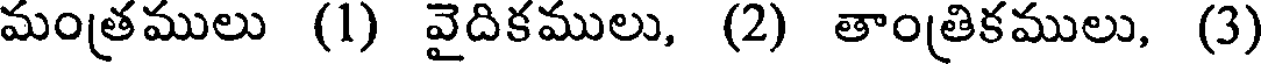
మంత్రములు (1) వైదికములు, (2) తాంత్రికములు, (3)